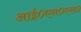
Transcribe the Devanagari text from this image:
आई०एन०एस०